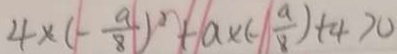
4 \times ( - \frac { a } { 8 } ) ^ { 2 } + a \times ( - \frac { a } { 8 } ) + 4 > 0